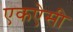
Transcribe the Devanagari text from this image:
एकऐसी